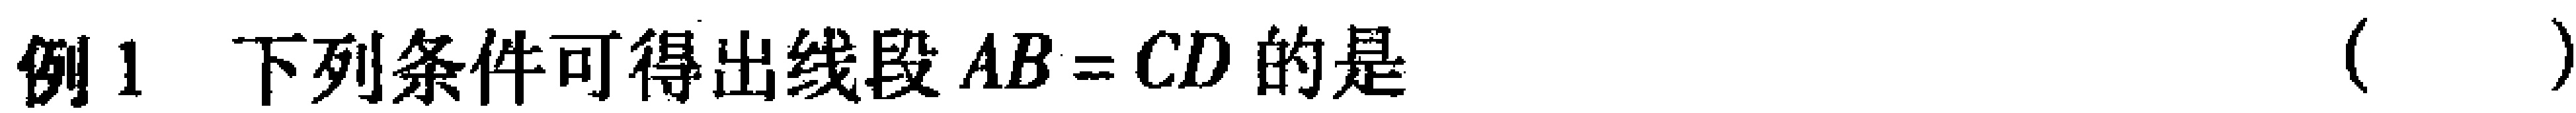
例1 下列条件可得出线段\(AB = CD\)的是（  ）